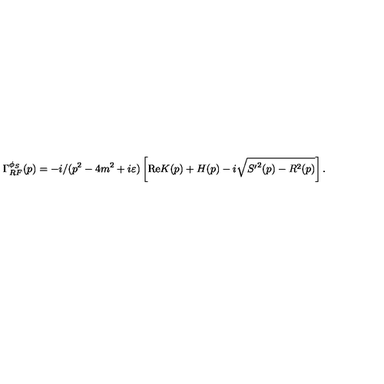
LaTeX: \Gamma _ { R F } ^ { \phi _ { S } } ( p ) = - i / ( p ^ { 2 } - 4 m ^ { 2 } + i \varepsilon ) \left[ \mathrm { R e } K ( p ) + H ( p ) - i \sqrt { { S ^ { \prime } } ^ { 2 } ( p ) - R ^ { 2 } ( p ) } \right] .